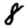
Digit: 8